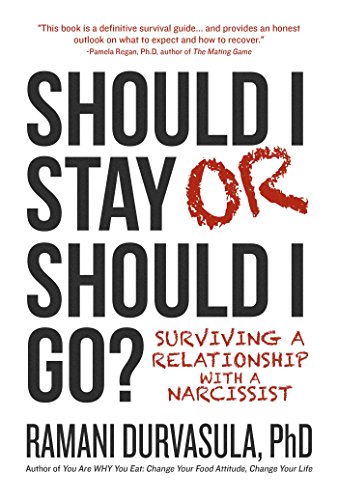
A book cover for Should I Stay or Should I Go: Surviving a Narcissistic Relationship; Ramani Durvasula Ph.D.; Self-Help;